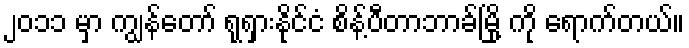
၂၀၁၁ မှာ ကျွန်တော် ရုရှားနိုင်ငံ စိန့်ပီတာဘာခ်မြို့ ကို ရောက်တယ်။